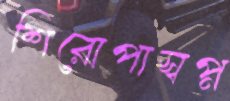
শিরোপাস্বপ্ন